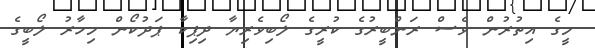
މީގެ އިތުރުން ވެސް ރަންބީރުގެ ކުރީގެ ލޯބިވެރިޔާ ދިޕިކާ ޕަދުކޯން މިހާރު ލޯބީގެ